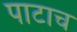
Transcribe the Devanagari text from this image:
पाटाच